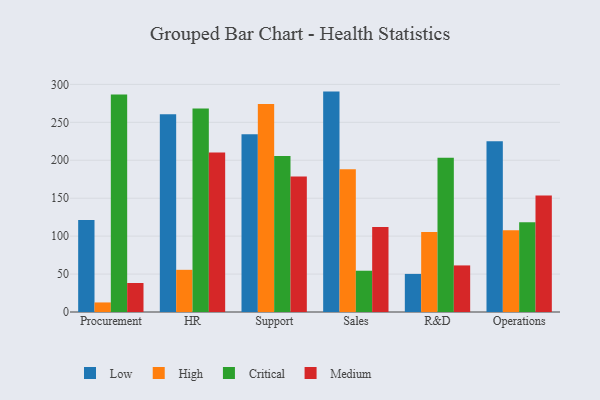
{"axis": {"x": "Department", "y": "LTV (USD)"}, "legend": ["Critical", "High", "Low", "Medium"], "data": [{"x": "Procurement", "y": 121.2, "type": "Low"}, {"x": "Procurement", "y": 12.6, "type": "High"}, {"x": "Procurement", "y": 286.7, "type": "Critical"}, {"x": "Procurement", "y": 38.2, "type": "Medium"}, {"x": "HR", "y": 260.5, "type": "Low"}, {"x": "HR", "y": 55.6, "type": "High"}, {"x": "HR", "y": 268.1, "type": "Critical"}, {"x": "HR", "y": 210.2, "type": "Medium"}, {"x": "Support", "y": 234.2, "type": "Low"}, {"x": "Support", "y": 274.2, "type": "High"}, {"x": "Support", "y": 205.7, "type": "Critical"}, {"x": "Support", "y": 178.6, "type": "Medium"}, {"x": "Sales", "y": 290.5, "type": "Low"}, {"x": "Sales", "y": 188.1, "type": "High"}, {"x": "Sales", "y": 54.4, "type": "Critical"}, {"x": "Sales", "y": 112.1, "type": "Medium"}, {"x": "R&D", "y": 50.2, "type": "Low"}, {"x": "R&D", "y": 105.6, "type": "High"}, {"x": "R&D", "y": 203.3, "type": "Critical"}, {"x": "R&D", "y": 61.4, "type": "Medium"}, {"x": "Operations", "y": 225.1, "type": "Low"}, {"x": "Operations", "y": 107.7, "type": "High"}, {"x": "Operations", "y": 118.2, "type": "Critical"}, {"x": "Operations", "y": 153.4, "type": "Medium"}]}